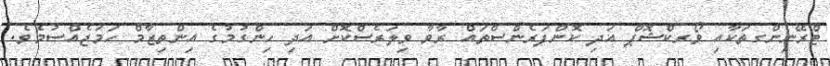
ޓްރޭނިންގތަކާއި ވޯރކްޝޮޕް އަދި ކޮންފަރެންސްތައް ރާވާ ވިލަރެސްކޮށް އަދި ހިންގުމުގެ އިންތިޒާމް ހަމަޖެއްސުމެވެ.